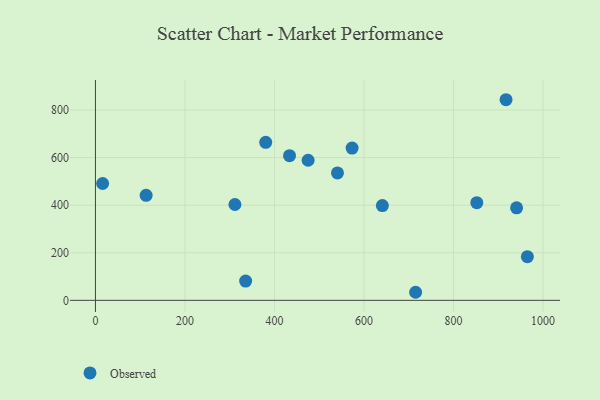
{"axis": {"x": "Distance", "y": "Demand"}, "legend": ["Observed"], "data": [{"x": "573.4", "y": 639.9, "type": "Observed"}, {"x": "641.0", "y": 398.4, "type": "Observed"}, {"x": "917.3", "y": 843.0, "type": "Observed"}, {"x": "311.6", "y": 402.8, "type": "Observed"}, {"x": "16.0", "y": 490.9, "type": "Observed"}, {"x": "715.3", "y": 33.9, "type": "Observed"}, {"x": "475.1", "y": 588.6, "type": "Observed"}, {"x": "380.4", "y": 664.0, "type": "Observed"}, {"x": "965.0", "y": 183.3, "type": "Observed"}, {"x": "540.7", "y": 535.6, "type": "Observed"}, {"x": "433.6", "y": 608.0, "type": "Observed"}, {"x": "852.0", "y": 410.6, "type": "Observed"}, {"x": "940.9", "y": 388.6, "type": "Observed"}, {"x": "335.5", "y": 81.0, "type": "Observed"}, {"x": "113.2", "y": 441.2, "type": "Observed"}]}